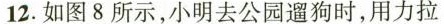
12.如图8所示，小明去公园遛狗时，用力拉